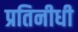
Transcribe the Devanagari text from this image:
प्रतिनीधी